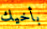
بأخيك